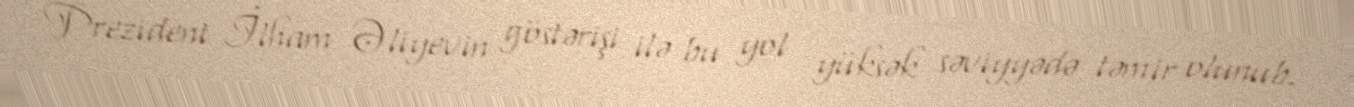
Prezident İlham Əliyevin göstərişi ilə bu yol yüksək səviyyədə təmir olunub.